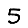
Digit: 5